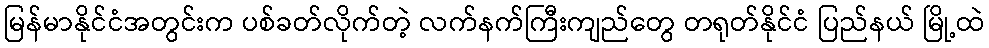
မြန်မာနိုင်ငံအတွင်းက ပစ်ခတ်လိုက်တဲ့ လက်နက်ကြီးကျည်တွေ တရုတ်နိုင်ငံ ပြည်နယ် မြို့ထဲ